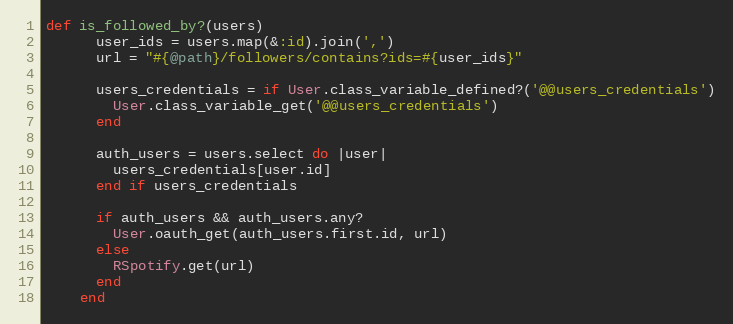
Language: Ruby
def is_followed_by?(users)
      user_ids = users.map(&:id).join(',')
      url = "#{@path}/followers/contains?ids=#{user_ids}"

      users_credentials = if User.class_variable_defined?('@@users_credentials')
        User.class_variable_get('@@users_credentials')
      end

      auth_users = users.select do |user|
        users_credentials[user.id]
      end if users_credentials

      if auth_users && auth_users.any?
        User.oauth_get(auth_users.first.id, url)
      else
        RSpotify.get(url)
      end
    end